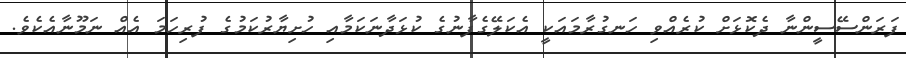
ފަރަންސޭސީންނާ ދެކޮޅަށް ކުރެއްވި ހަނގުރާމައަކީ އެކަލޭގެފާނުގެ ކުޅަދާނަކަމާއި ހުށިޔާރުކަމުގެ ފުރިހަމަ އެއް ނަމޫނާއެކެވެ.